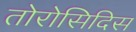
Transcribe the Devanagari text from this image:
तोरोसिदिस